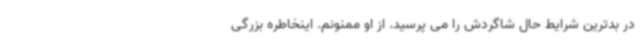
در بدترین شرایط حال شاگردش را می پرسید. از او ممنونم. اینخاطره بزرگی